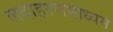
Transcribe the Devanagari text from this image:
लदाहरणमाध्यम